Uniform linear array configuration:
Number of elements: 16
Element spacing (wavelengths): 0.5
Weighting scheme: hann
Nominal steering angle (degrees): -15
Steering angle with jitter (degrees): -15.448
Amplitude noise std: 0.05
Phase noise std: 0.05

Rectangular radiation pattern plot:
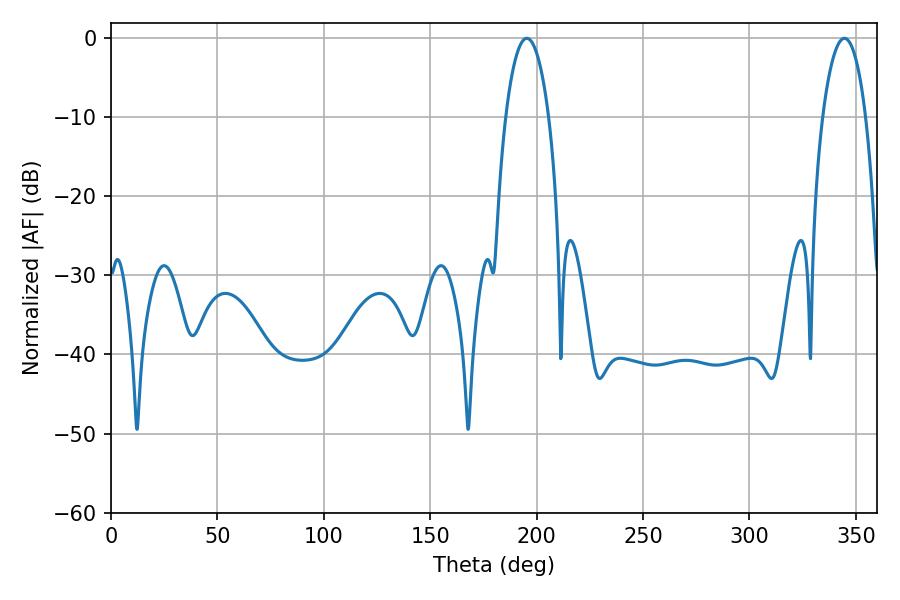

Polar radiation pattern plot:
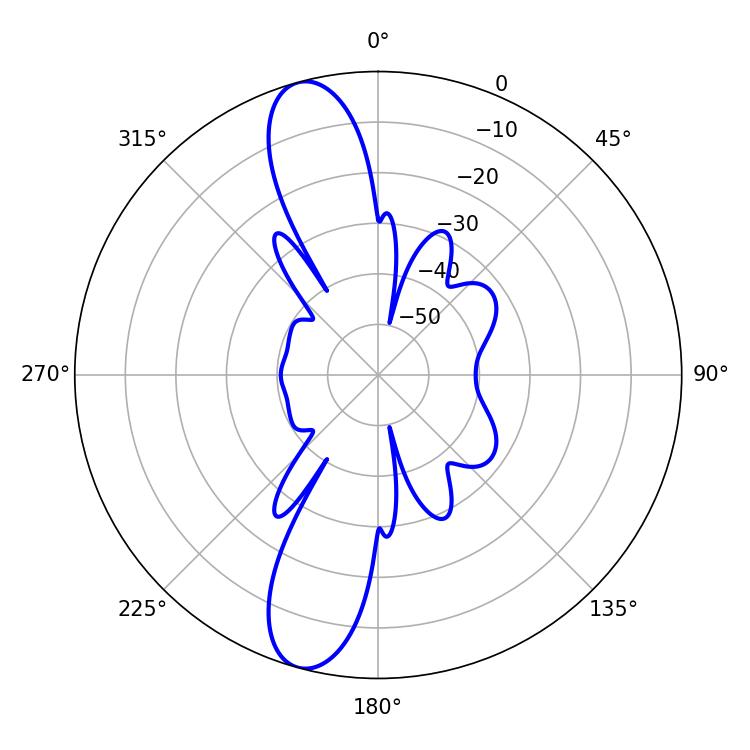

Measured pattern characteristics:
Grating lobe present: FALSE
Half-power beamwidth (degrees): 11.34
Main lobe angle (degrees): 195.3